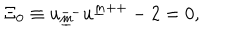
LaTeX: \Xi _ { { 0 } } \equiv u _ { \underline { { { m } } } } ^ { -- } u ^ { \underline { { { m } } } { + + } } - 2 = 0 ,